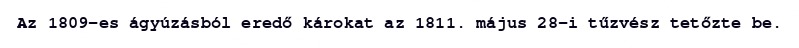
Az 1809-es ágyúzásból eredő károkat az 1811. május 28-i tűzvész tetőzte be.